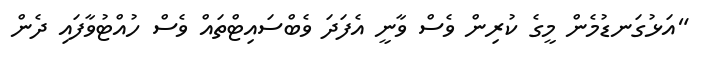
"އަޅުގަނޑުމެން މީގެ ކުރިން ވެސް ވާނީ އެފަދަ ވެބްސައިޓްތައް ވެސް ހުއްޓުވާފައި ދެން